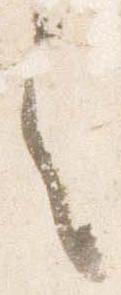
之